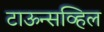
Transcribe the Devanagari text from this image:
टाऊन्सव्हिल